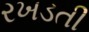
રખડતી